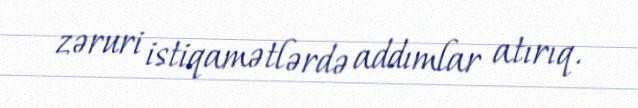
zəruri istiqamətlərdə addımlar atırıq.